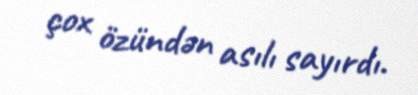
çox özündən asılı sayırdı.